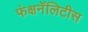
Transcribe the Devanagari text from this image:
फंक्षनॅलिटीस